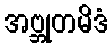
အဗ္ဘုတမိဒံ